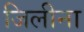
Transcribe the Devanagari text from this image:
जिलीना